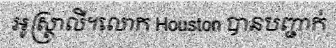
អូស្ត្រាលី។លោក Houston បានបញ្ជាក់